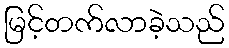
မြင့်တက်လာခဲ့သည်